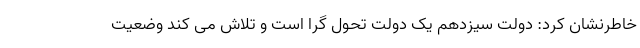
خاطرنشان کرد: دولت سیزدهم یک دولت تحول گرا است و تلاش می کند وضعیت